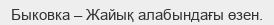
Быковка – Жайық алабындағы өзен.